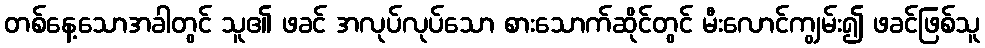
တစ်နေ့သောအခါတွင် သူ၏ ဖခင် အလုပ်လုပ်သော စားသောက်ဆိုင်တွင် မီးလောင်ကျွမ်း၍ ဖခင်ဖြစ်သူ